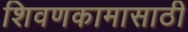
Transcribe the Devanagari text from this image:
शिवणकामासाठी